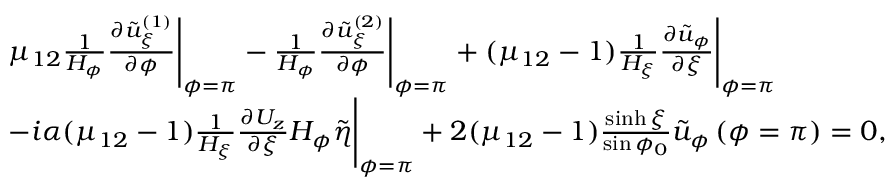
\begin{array} { r l } & { \begin{array} { r l } & { \mu _ { 1 2 } \frac { 1 } { H _ { \phi } } \frac { \partial \tilde { u } _ { \xi } ^ { ( 1 ) } } { \partial \phi } \Biggr | _ { \phi = \pi } - \frac { 1 } { H _ { \phi } } \frac { \partial \tilde { u } _ { \xi } ^ { ( 2 ) } } { \partial \phi } \Biggr | _ { \phi = \pi } + ( \mu _ { 1 2 } - 1 ) \frac { 1 } { H _ { \xi } } \frac { \partial \tilde { u } _ { \phi } } { \partial \xi } \Biggr | _ { \phi = \pi } } \\ & { - i \alpha ( \mu _ { 1 2 } - 1 ) \frac { 1 } { H _ { \xi } } \frac { \partial U _ { z } } { \partial \xi } H _ { \phi } \tilde { \eta } \Biggr | _ { \phi = \pi } + 2 ( \mu _ { 1 2 } - 1 ) \frac { \sinh \xi } { \sin \phi _ { 0 } } \tilde { u } _ { \phi } \left( \phi = \pi \right) = 0 , } \end{array} } \end{array}